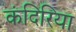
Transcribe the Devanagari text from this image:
कंदिरिया